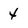
Character: 4